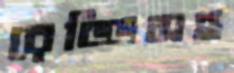
রেড্ডিসহ